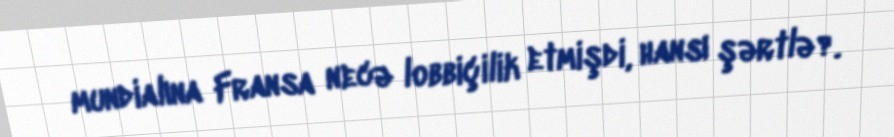
mundialına Fransa necə lobbiçilik etmişdi, hansı şərtlə?.